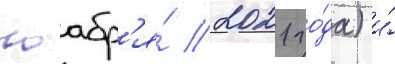
ноабр'я́ 2021 го́да) и́